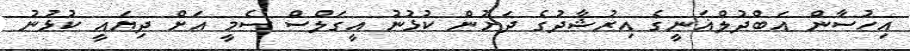
އިހުސާން އަބްދުލްޣަނީގެ އިރުޝާދުގެ ދަށުން ކުޅުނު އީގަލްސް ސެމީ އަށް ދިޔައީ ކުޅުނު